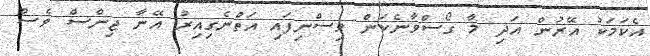
އެކަމަކު އޭރުން އަދި މާ ގޯސްވާނެކަން ވިސްނިފައި އަތްނެގިއިރު އޭނާ ޖިންސް ވެސް